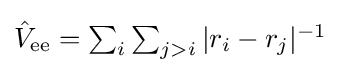
{\textstyle {\hat {V}}_{\text{ee}}=\sum _{i}\sum _{j>i}|r_{i}-r_{j}|^{-1}}